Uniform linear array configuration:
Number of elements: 12
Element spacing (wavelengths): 0.25
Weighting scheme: cosine
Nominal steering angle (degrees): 45
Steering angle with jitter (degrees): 43.533
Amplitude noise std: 0.05
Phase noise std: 0.05

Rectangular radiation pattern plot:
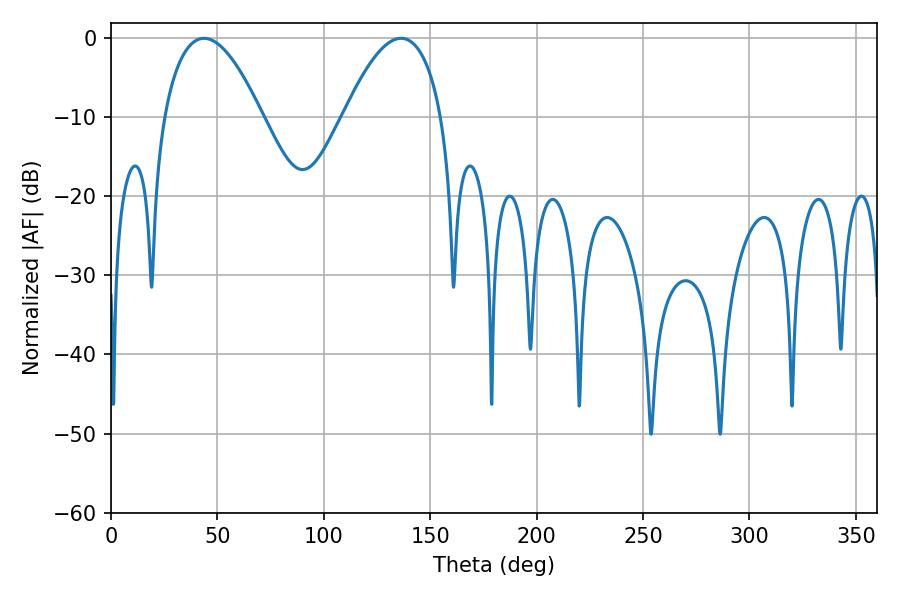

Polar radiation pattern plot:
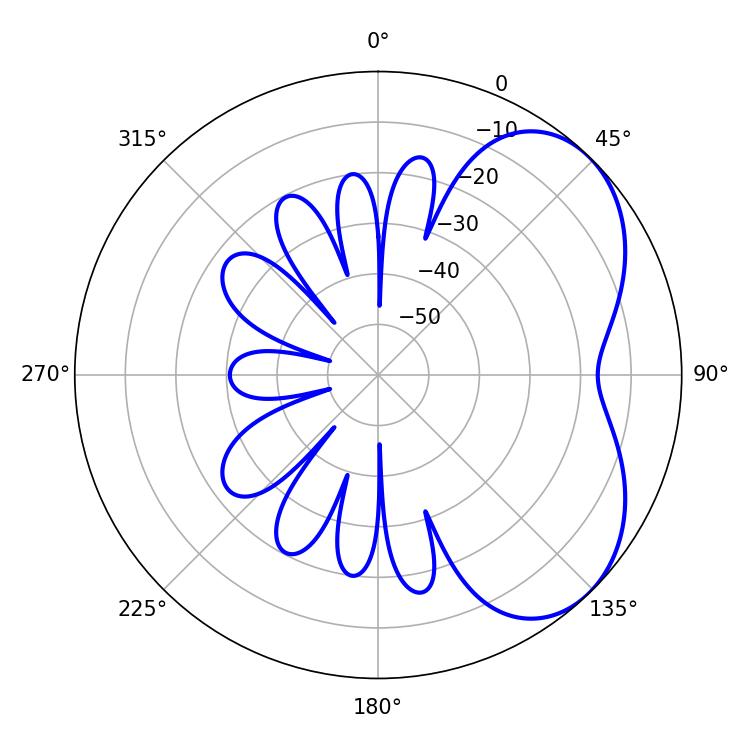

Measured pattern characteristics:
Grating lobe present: FALSE
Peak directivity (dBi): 4.668
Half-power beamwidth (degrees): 25.38
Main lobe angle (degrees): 43.74